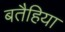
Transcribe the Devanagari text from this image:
बतैहिया